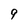
Character: 9